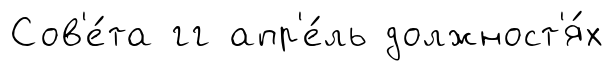
Сов'е́та гг апр'е́ль должност'я́х